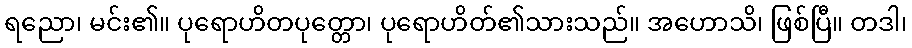
ရညော၊ မင်း၏။ ပုရောဟိတပုတ္တော၊ ပုရောဟိတ်၏သားသည်။ အဟောသိ၊ ဖြစ်ပြီ။ တဒါ၊